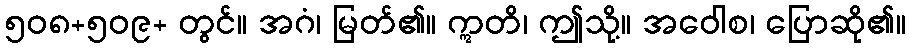
၅၀၈+၅၀၉+ တွင်။ အဂံ၊ မြတ်၏။ ဣတိ၊ ဤသို့။ အဝေါစ၊ ပြောဆို၏။